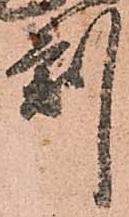
刻